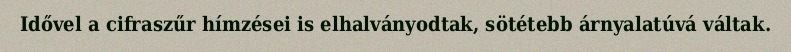
Idővel a cifraszűr hímzései is elhalványodtak, sötétebb árnyalatúvá váltak.